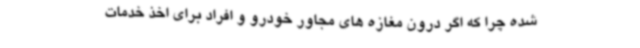
شده چرا که اگر درون مغازه های مجاور خودرو و افراد برای اخذ خدمات